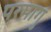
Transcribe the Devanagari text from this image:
परमागु